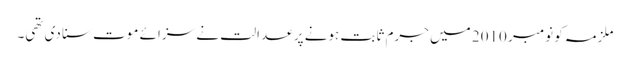
ملزمہ کو نومبر 2010 میں جرم ثابت ہونے پر عدالت نے سزائے موت سنا دی تھی۔